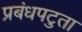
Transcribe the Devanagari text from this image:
प्रबंधपटुता